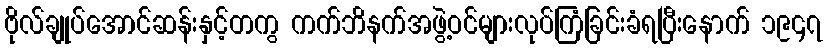
ဗိုလ်ချုပ်အောင်ဆန်းနှင့်တကွ ကက်ဘိနက်အဖွဲ့ဝင်များလုပ်ကြံခြင်းခံရပြီးနောက် ၁၉၄၇